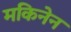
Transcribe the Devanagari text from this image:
मकिनेन